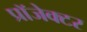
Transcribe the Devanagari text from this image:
प्रॉजेक्टर